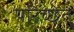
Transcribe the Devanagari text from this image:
परिच्छेतुं